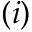
( i )